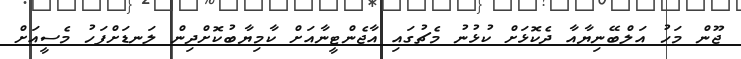
ޖޫން މަހު އަލްބޭނިޔާއާ ދެކޮޅަށް ކުޅުނު މެޗުގައި އާޖެންޓީނާއަށް ކާމިޔާބުކޮށްދިން ލަނޑަށްފަހު މެސީއަށް